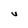
Character: v